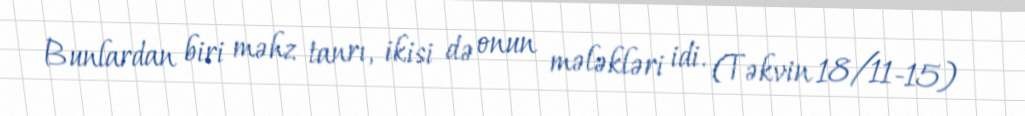
Bunlardan biri məhz tanrı, ikisi də onun mələkləri idi. (Təkvin 18/11-15)